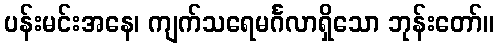
ပန်းမင်းအနေ၊ ကျက်သရေမင်္ဂလာရှိသော ဘုန်းတော်။